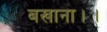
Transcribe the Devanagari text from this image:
बखाना।।